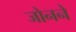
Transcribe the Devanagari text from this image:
जोनने